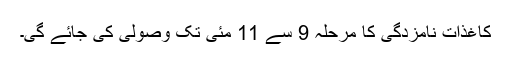
کاغذات نامزدگی کا مرحلہ 9 سے 11 مئی تک وصولی کی جائے گی۔